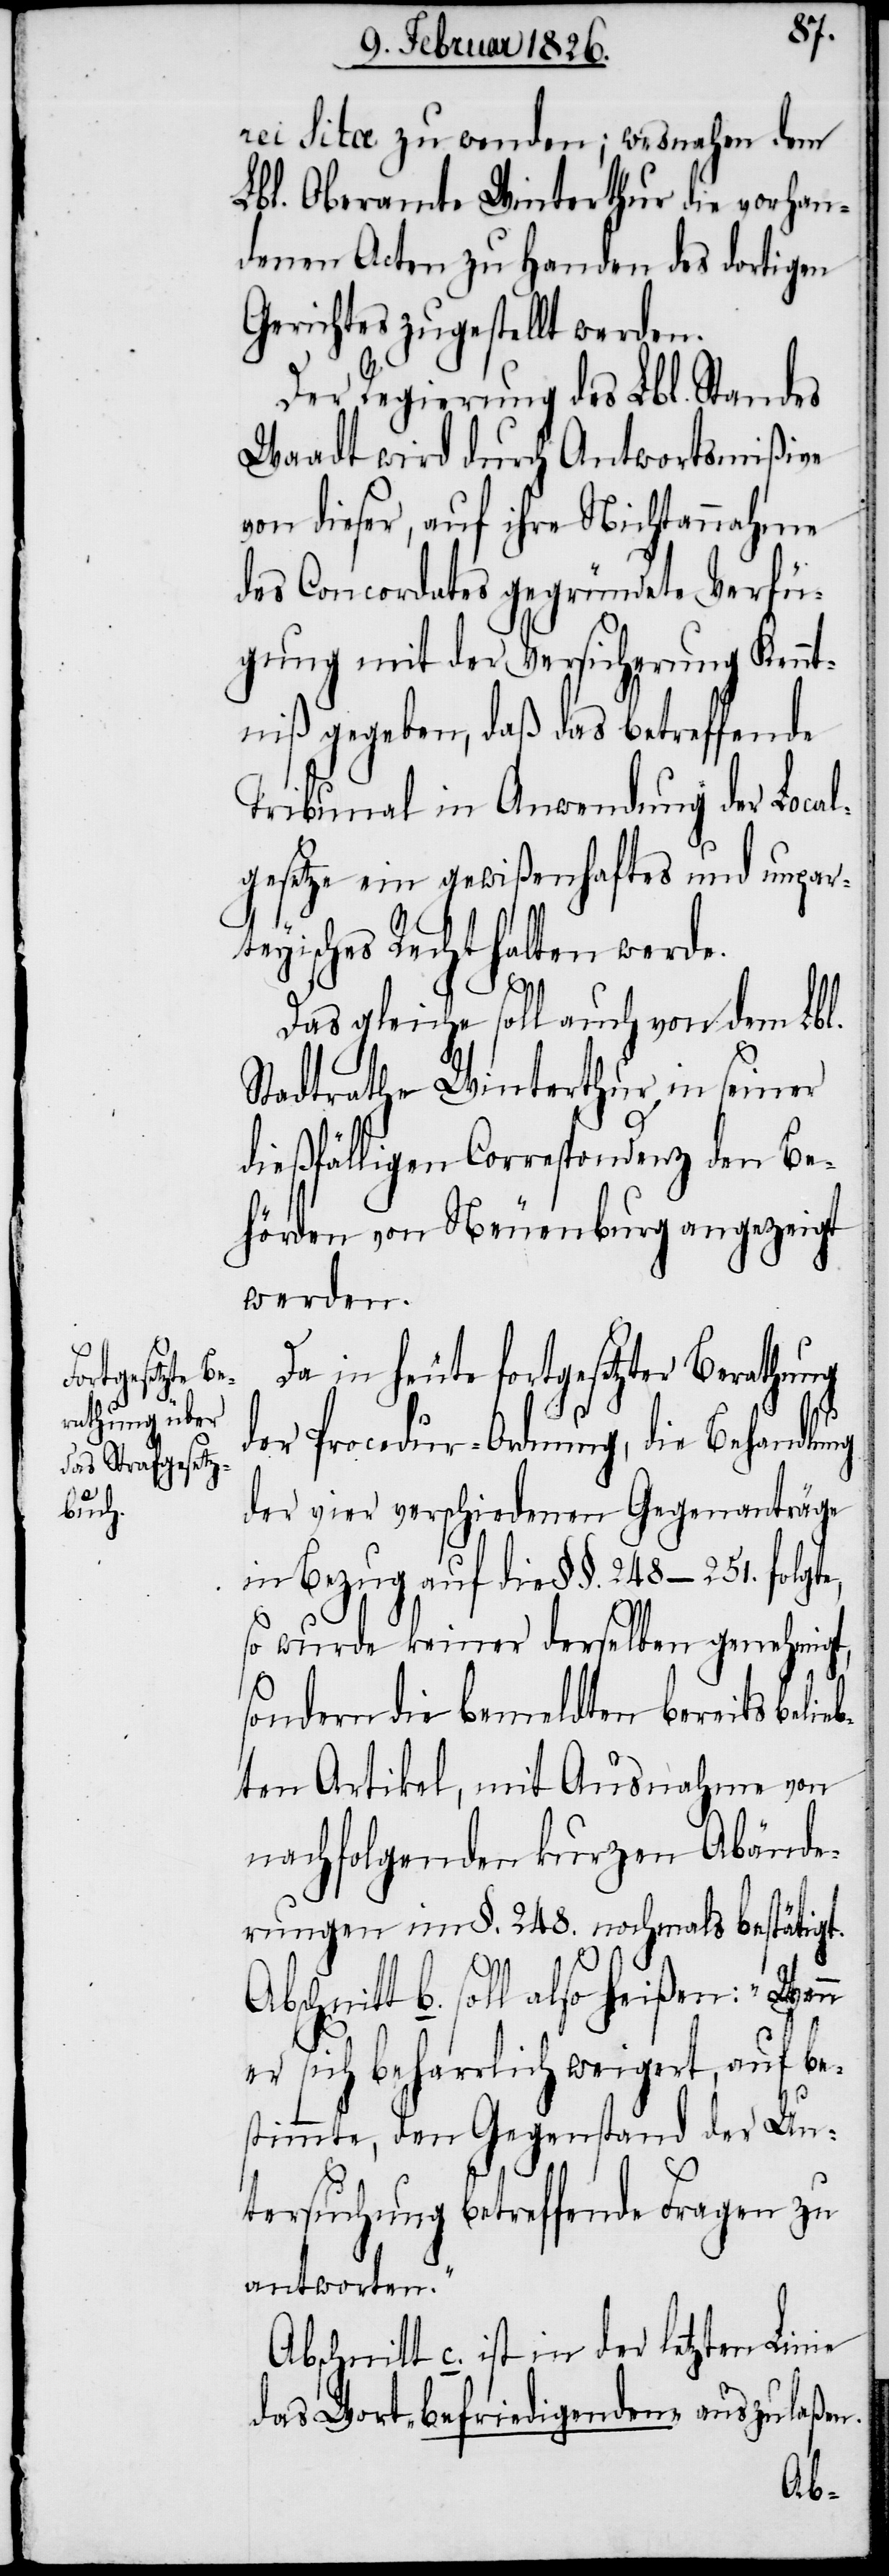
rei sitæ zu wenden; wesnahen dem
Lbl. Oberamte Winterthur die vorhan¬
denen Acten zu Handen des dortigen
Gerichtes zugestellt werden.
Der Regierung des Lbl. Standes
Waadt wird durch Antwortsmißive
von dieser, auf ihre Nichtannahme
des Concordates gegründete Verfü¬
gung mit der Versicherung Kennt¬
niß gegeben, daß das betreffende
Tribunal in Anwendung der Local¬
gesetze ein gewißenhaftes und unpar¬
teyisches Recht halten werde.
Das gleiche soll auch von dem Lbl.
Stadtrathe Winterthur in seiner
dießfälligen Correspondenz den Be¬
hörden von Neuenburg angezeigt
werden.
Da in heute fortgesetzter Berathung
der Procedur-Ordnung, die Behandlung
der vier verschiedenen Gegenanträge
in Bezug auf die §§. 248–251. folgte,
so wurde keiner derselben genehmigt,
sondern die bemeldten bereits belieb¬
ten Artikel, mit Ausnahme von
nachfolgenden kurzen Abände¬
rungen im §. 248. nochmals bestätigt.
Abschnitt b. soll also heißen: „Wenn
er sich beharrlich weigert, auf be¬
stimmte, den Gegenstand der Un¬
tersuchung betreffende Fragen zu
antworten.“
Abschnitt c. ist in der letzten Linie
das Wort „befriedigenden“ auszulaßen.